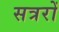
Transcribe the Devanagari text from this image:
सत्ररों